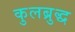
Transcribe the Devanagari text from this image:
कुलब्रुद्ध